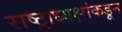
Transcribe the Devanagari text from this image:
राष्ट्राध्यक्षांकडून